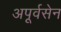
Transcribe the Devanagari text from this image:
अपूर्वसेन